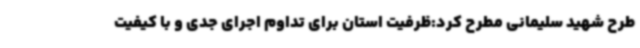
طرح شهید سلیمانی مطرح کرد:ظرفیت استان برای تداوم اجرای جدی و با کیفیت